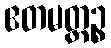
ဧတမတ္ထဉ္စ